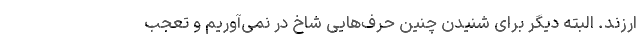
ارزند. البته دیگر برای شنیدن چنین حرف‌هایی شاخ در نمی‌آوریم و تعجب